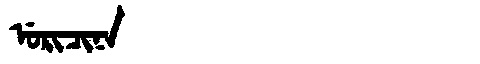
Manchu: ᡠᡵᡳᠴᡳᠨᠠ
Romanization: URICINA